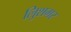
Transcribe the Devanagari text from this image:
लुिशगर